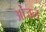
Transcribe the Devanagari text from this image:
ओंजल